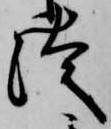
徒